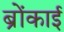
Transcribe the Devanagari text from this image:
ब्रोंकाई